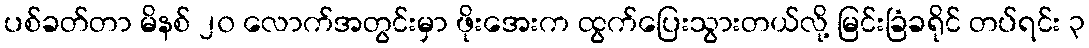
ပစ်ခတ်တာ မိနစ် ၂၀ လောက်အတွင်းမှာ ဖိုးအေးက ထွက်ပြေးသွားတယ်လို့ မြင်းခြံခရိုင် တပ်ရင်း ၃